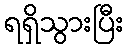
ရရှိသွားပြီး